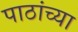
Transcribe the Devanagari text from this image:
पाठांच्या